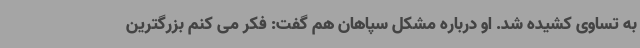
به تساوی کشیده شد. او درباره مشکل سپاهان هم گفت: فکر می کنم بزرگترین